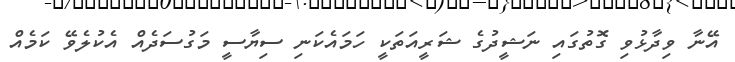
އޭނާ ވިދާޅުވި ގޮތުގައި ނަޝީދުގެ ޝަރީއަތަކީ ހަމައެކަނި ސިޔާސީ މަގުސަދެއް އެކުލެވޭ ކަމެއް